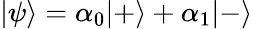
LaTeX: |\psi\rangle=\alpha_{0}|+\rangle+\alpha_{1}|-\rangle